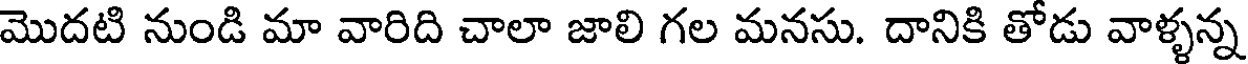
మొదటి నుండి మా వారిది చాలా జాలి గల మనసు. దానికి తోడు వాళ్ళన్న